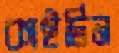
কাইটিন